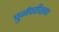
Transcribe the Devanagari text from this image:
पुर्नपरीक्षण